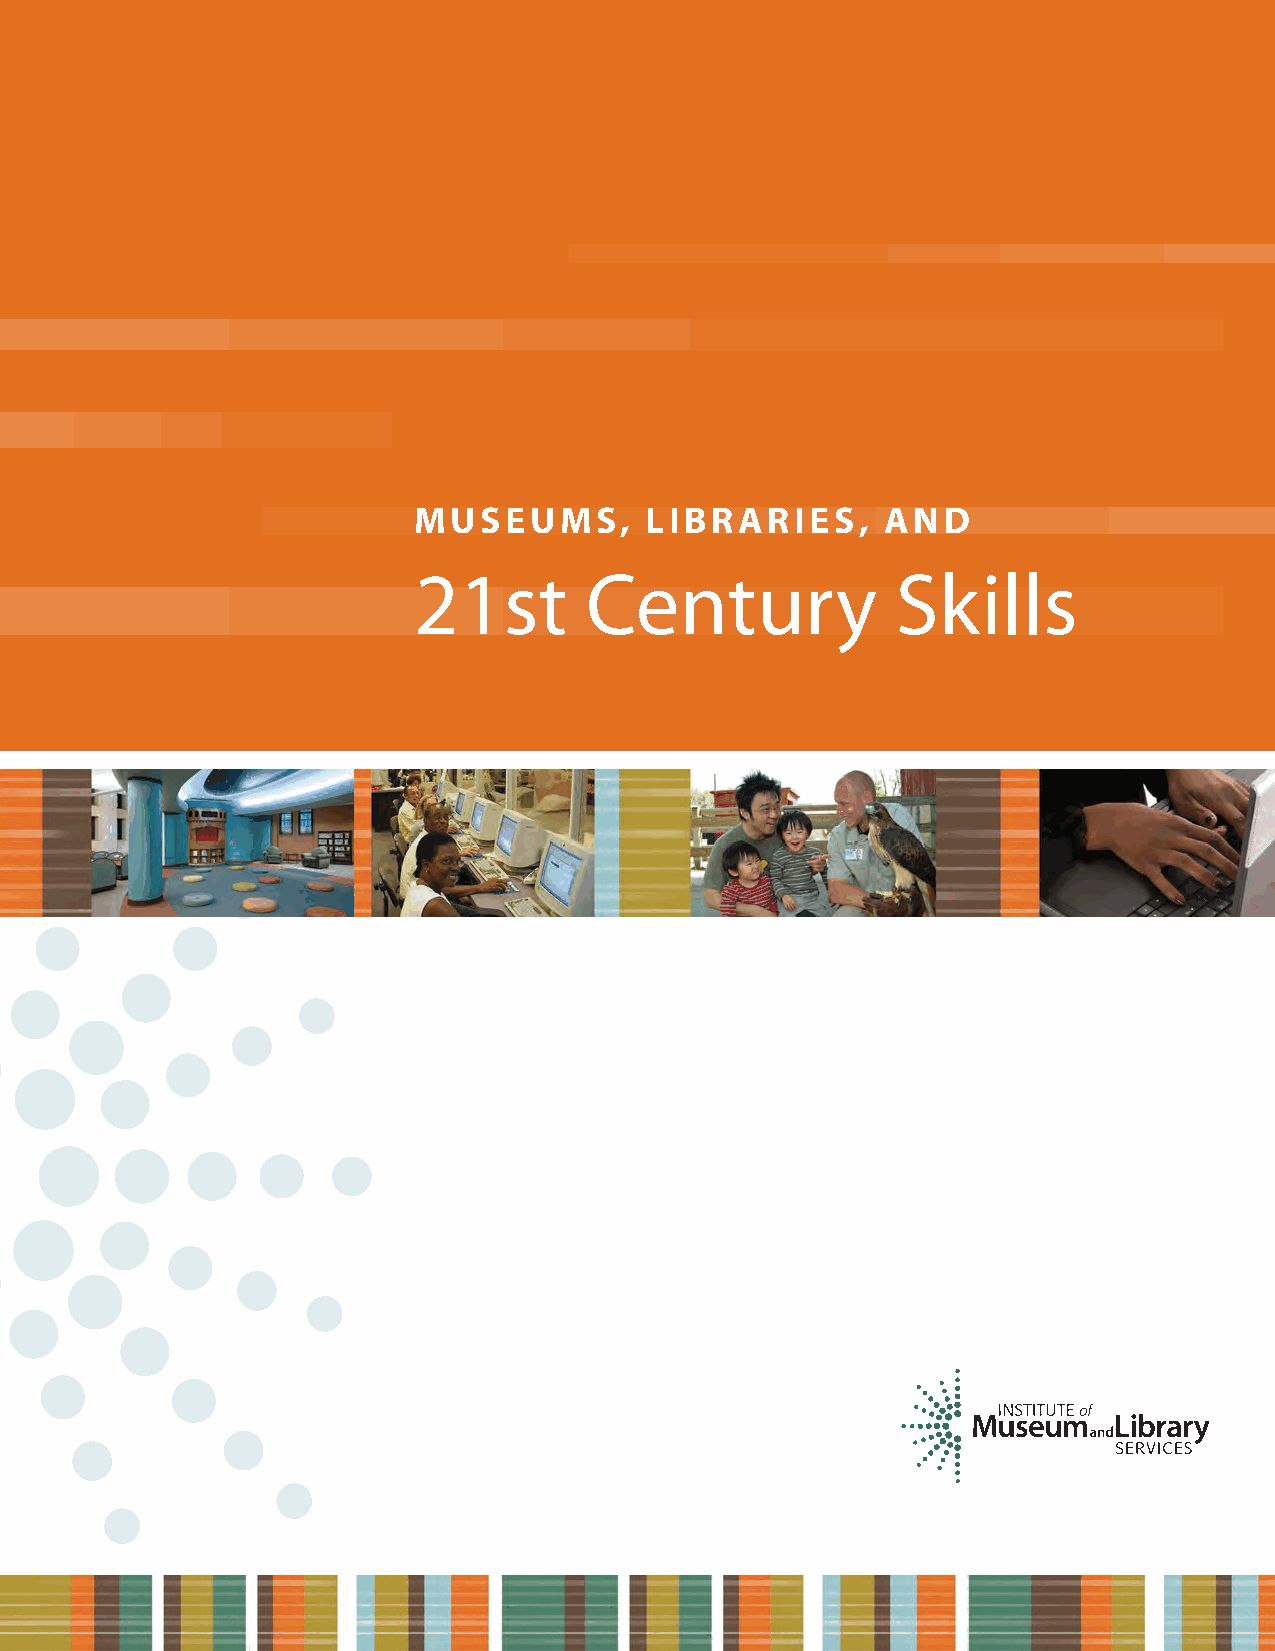
MUSEUMS,        LIBRARIES,      AND
 21st        Century             Skills